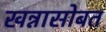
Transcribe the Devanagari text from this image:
खन्नासोबत